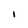
Character: I